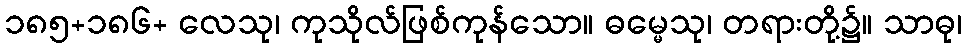
၁၈၅+၁၈၆+ လေသု၊ ကုသိုလ်ဖြစ်ကုန်သော။ ဓမ္မေသု၊ တရားတို့၌။ သာဓု၊